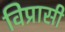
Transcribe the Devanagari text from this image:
विप्रासी